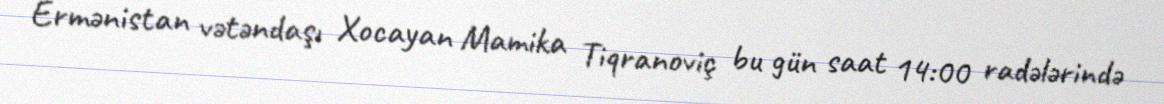
Ermənistan vətəndaşı Xocayan Mamika Tiqranoviç bu gün saat 14:00 radələrində